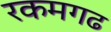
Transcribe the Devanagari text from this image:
रकमगढ